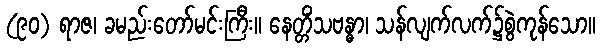
(၉၀) ရာဇ၊ ခမည်းတော်မင်းကြီး။ နေတ္တိံသဗန္ဓာ၊ သန်လျက်လက်၌စွဲကုန်သော။